Leaving Certificate Examination, 1910
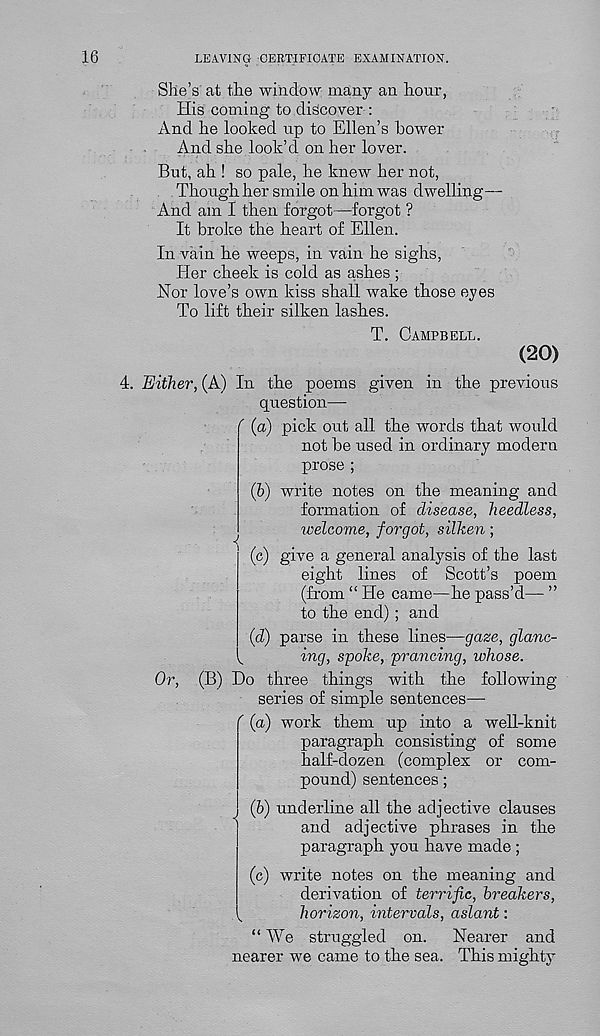
16
LEAVING CERTIFICATE EXAMINATION.
She’s at the window many an hour,
His coming to discover :
And he looked up to Ellen’s bower
And she look’d on her lover.
But, ah ! so pale, he knew her not,
Though her smile on him was dwelling—
And am I then forgot—forgot ?
It broke the heart of Ellen.
In vain he weeps, in vain he sighs,
Her cheek is cold as ashes ;
Nor love’s own kiss shall wake those eyes
To lift their silken lashes.
T. CAMPBELL.
(20)
4. Either, (A) In the poems given in the previous
question—
' (a) pick out all the words that would
not be used in ordinary modern
prose ;
(h) write notes on the meaning and
formation of disease, heedless,
welcovie, forgot, silken ;
(c) give a general analysis of the last
eight lines of Scott’s poem
(from “ He came—he pass’d— ”
to the end) ; and
(d) parse in these lines—gaze, glane-
^
ing, spoke, prancing, whose.
Or, (B) Do three things with the following-
series of simple sentences—
' (a) work them up into a well-knit
paragraph consisting of some
half-dozen (complex or com-
pound) sentences;
(6) underline all the adjective clauses
and adjective phrases in the
paragraph you have made ;
(c) write notes on the meaning and
derivation of terrific, breakers,
v
horizon, mtervals, aslant:
“ We struggled on. Nearer and
nearer we came to the sea. This mighty